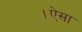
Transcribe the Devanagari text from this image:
।ऐसा